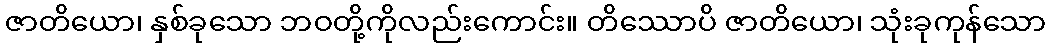
ဇာတိယော၊ နှစ်ခုသော ဘဝတို့ကိုလည်းကောင်း။ တိဿောပိ ဇာတိယော၊ သုံးခုကုန်သော